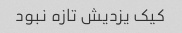
کیک یزدیش تازه نبود